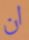
ان